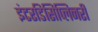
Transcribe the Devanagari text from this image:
इंटरडिसिप्लिनरी